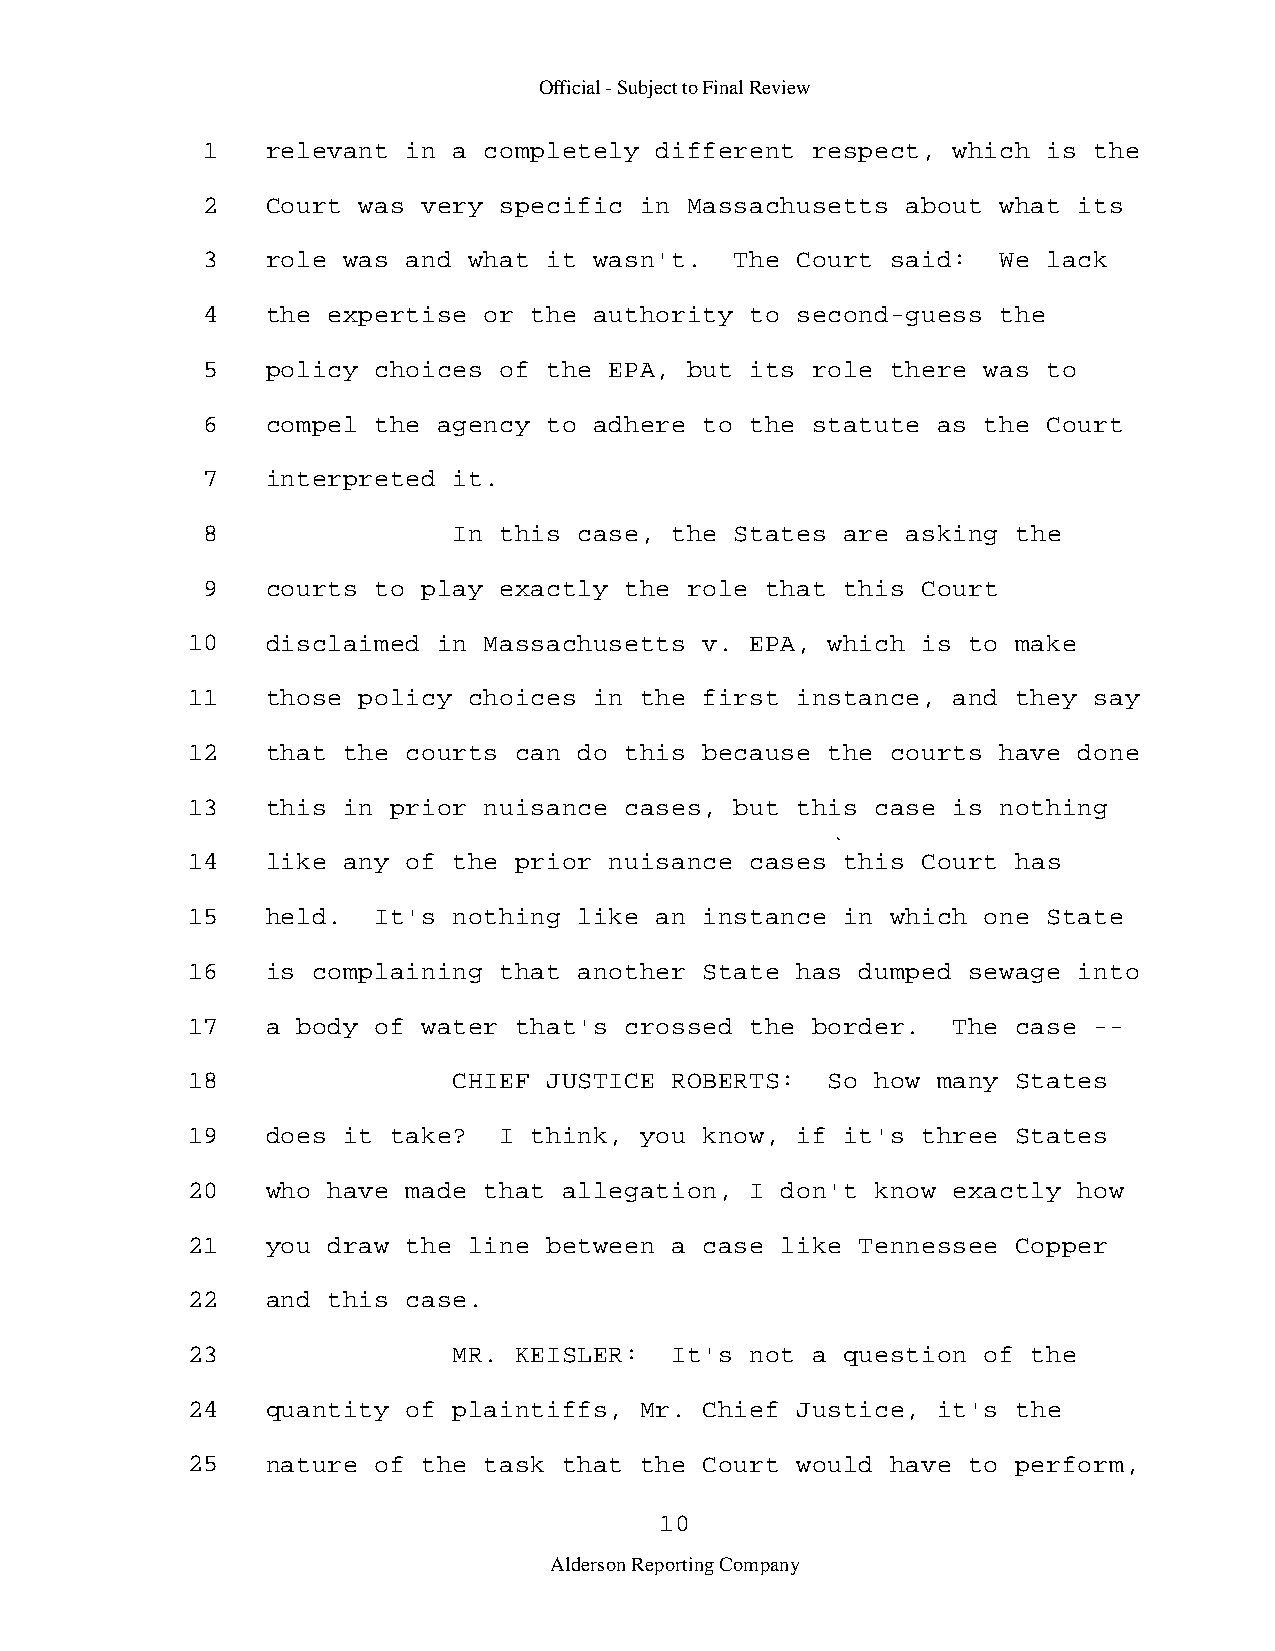
Official - Subject to Final Review
 1    relevant in a completely different  respect, which is the
 2    Court was very specific in  Massachusetts about what its
 3    role was and what it wasn't.   The Court said:  We lack
 4    the expertise or the authority  to second-guess the
 5    policy choices of the EPA,  but its role there was to
 6    compel the agency to adhere  to the statute as the Court
 7    interpreted it.
 8                In this case, the  States are asking the
 9    courts to play exactly the  role that this Court
 10    disclaimed in Massachusetts  v. EPA, which is to make
 11    those policy choices in the  first instance, and they say
 12    that the courts can do this  because the courts have done
 13    this in prior nuisance cases,  but this case is nothing
 14    like any of the prior nuisance  cases this Court has
 15    held.  It's nothing like an  instance in which one State
 16    is complaining that another  State has dumped sewage into
 17    a body of water that's crossed  the border.  The case -­
 18                CHIEF JUSTICE ROBERTS:   So how many States
 19    does it take?  I think, you  know, if it's three States
 20    who have made that allegation,  I don't know exactly how
 21    you draw the line between a  case like Tennessee Copper
 22    and this case.
 23                MR. KEISLER:  It's  not a question of the
 24    quantity of plaintiffs, Mr.  Chief Justice, it's the
 25    nature of the task that the  Court would have to perform,
 10
 Alderson Reporting Company